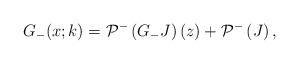
LaTeX: \begin{align*}G_-(x;k) = \mathcal{P}^{-}\left(G_{-} J \right)(z) + \mathcal{P}^{-}\left( J \right), \end{align*}